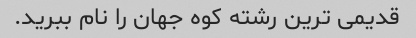
قدیمی ترین رشته کوه جهان را نام ببرید.